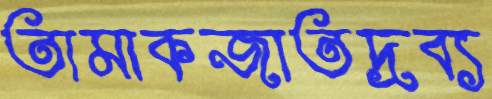
তামাকজাতদ্রব্য